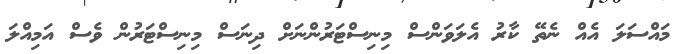
މައްސަލަ އެއް ނެތޭ ކާރު އެލަވަންސް މިނިސްޓަރުންނަށް ދިނަސް މިނިސްޓަރުން ވެސް އަމިއްލަ